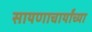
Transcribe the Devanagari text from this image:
सायणाचार्यांच्या